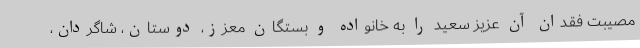
مصیبت فقدان آن عزیز سعید را به خانواده و بستگان معزز، دوستان، شاگردان،